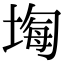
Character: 𡎧